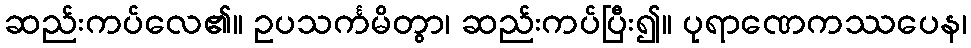
ဆည်းကပ်လေ၏။ ဥပသင်္ကမိတွာ၊ ဆည်းကပ်ပြီး၍။ ပုရာဏေကဿပေန၊